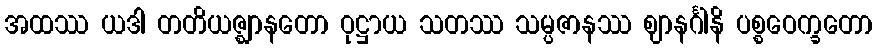
အထဿ ယဒါ တတိယဇ္ဈာနတော ဝုဋ္ဌာယ သတဿ သမ္ပဇာနဿ ဈာနင်္ဂါနိ ပစ္စဝေက္ခတော